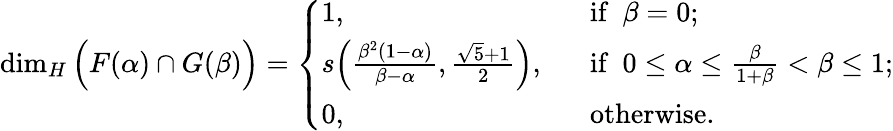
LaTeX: \dim_{H}\Big(F(\alpha)\cap G(\beta)\Big)=\left\{ \begin{array}{ll}{1,}&{\ \ \ \mathrm{if~}~\beta=0;}\\ {s\Big(\frac{\beta^{2}(1-\alpha)}{\beta-\alpha},{\frac{\sqrt{5}+1}{2}}\Big),}&{\ \ \ \mathrm{if~}~0\leq\alpha\leq\frac{\beta}{1+\beta}<\beta\leq 1;}\\ {0,}&{\ \ \ \mathrm{otherwise.}}\end{array}\right.